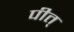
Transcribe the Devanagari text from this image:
पीत्